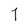
Character: 7